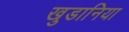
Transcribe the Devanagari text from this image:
खुडानिया